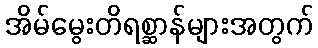
အိမ်မွေးတိရစ္ဆာန်များအတွက်